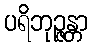
ပရိဘုဉ္ဇန္တာ